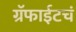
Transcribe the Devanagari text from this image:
ग्रॅफाईटचं